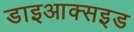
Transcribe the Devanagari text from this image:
डाइआक्सइड